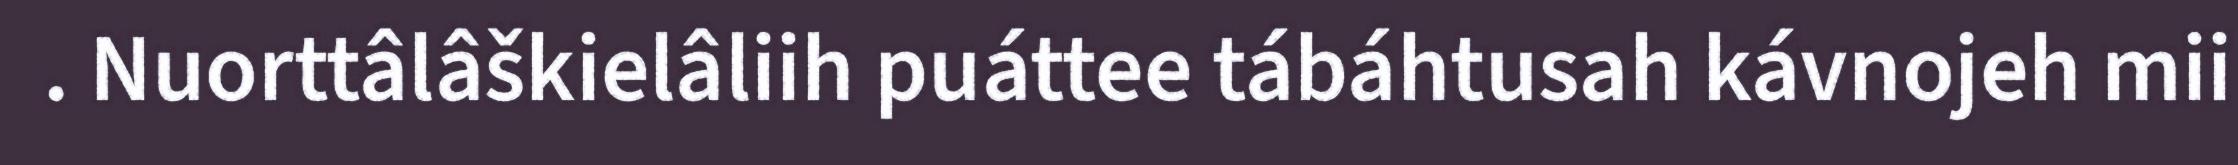
. Nuorttâlâškielâliih puáttee tábáhtusah kávnojeh mii